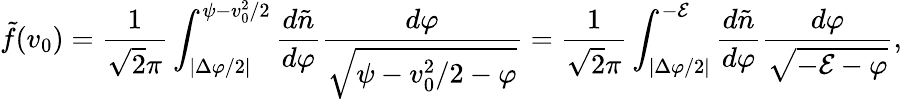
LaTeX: \tilde{f}(v_{0})={\frac{1}{\sqrt{2}\pi}}\int_{|\Delta\varphi/2|}^{{\psi}-v_{0}^{2}/2}{\frac{d\tilde{n}}{d\varphi}}{\frac{d\varphi}{\sqrt{{\psi}-v_{0}^{2}/2-\varphi}}}={\frac{1}{\sqrt{2}\pi}}\int_{|\Delta\varphi/2|}^{-{\cal E}}{\frac{d\tilde{n}}{d\varphi}}{\frac{d\varphi}{\sqrt{-{\cal E}-\varphi}}},